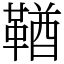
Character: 鞧